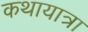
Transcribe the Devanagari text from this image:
कथायात्रा